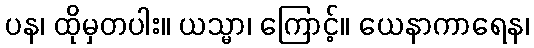
ပန၊ ထိုမှတပါး။ ယသ္မာ၊ ကြောင့်။ ယေနာကာရေန၊